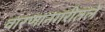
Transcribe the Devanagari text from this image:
वारणानगरीतले